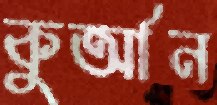
কুর্‌আন